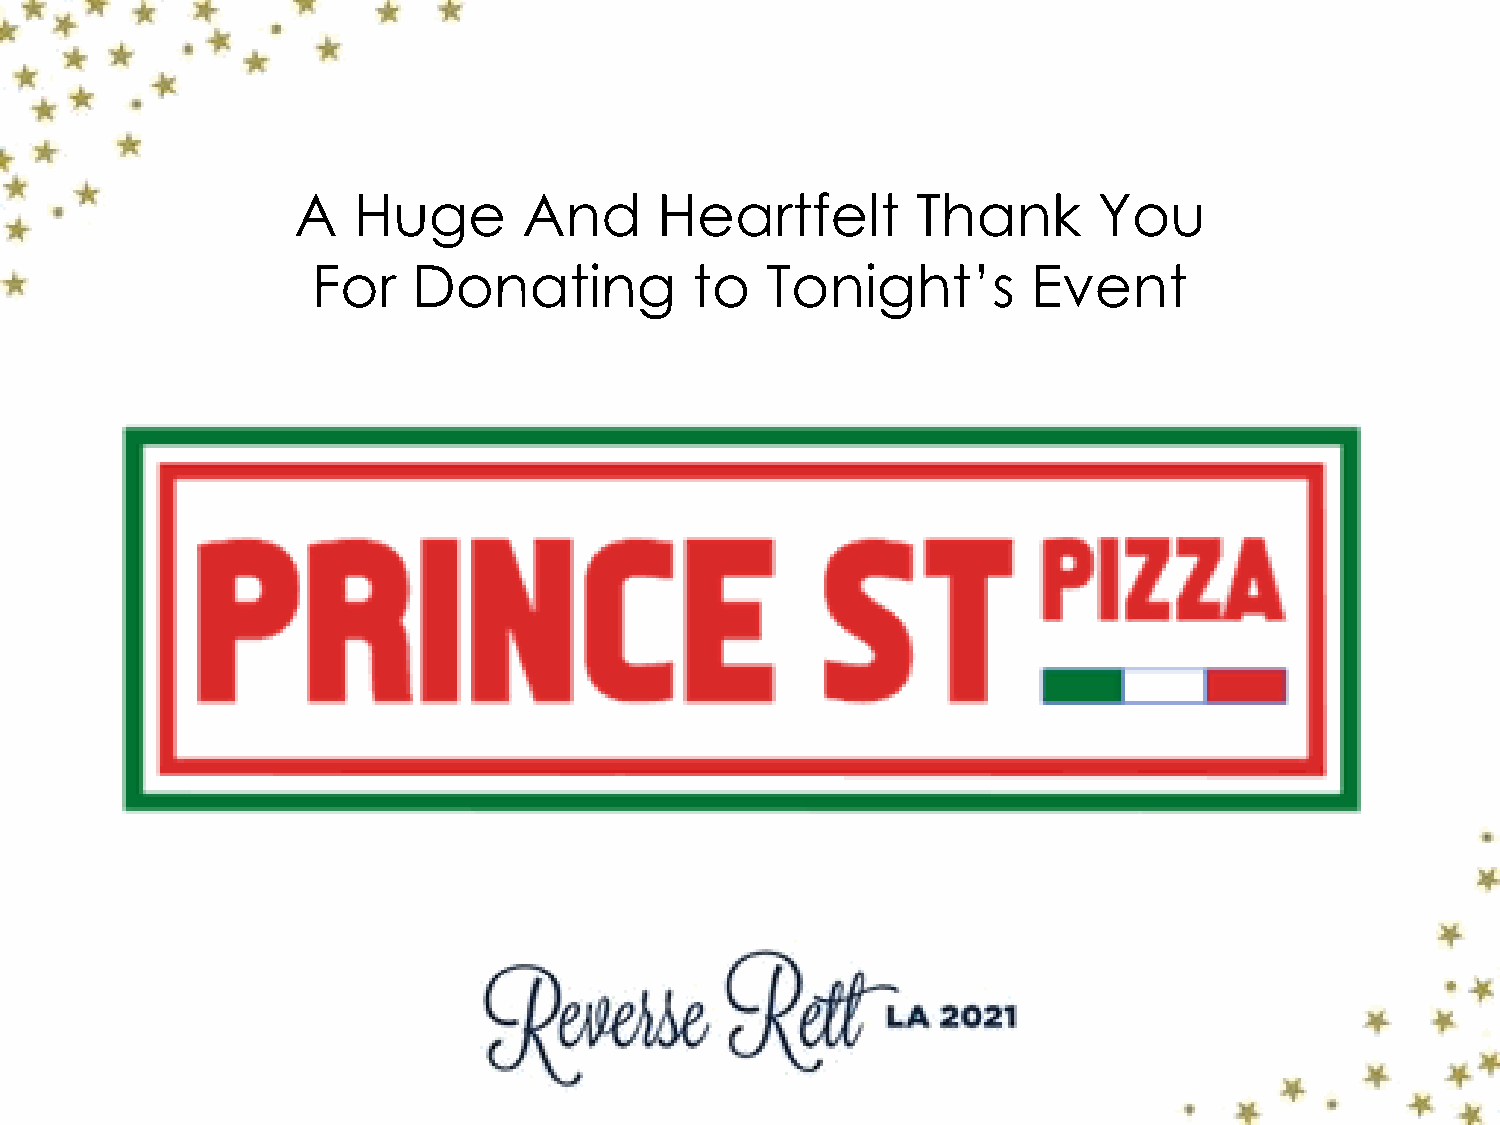
A   Huge        And      Heartfelt        Thank       You
 For   Donating           to   Tonight’s        Event